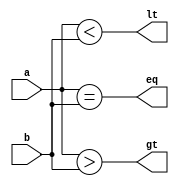
`timescale 1ns/1ps
//////////////////////////////////////////////////////////////////////////////////
// Company: 
// Engineer: 
// 
// Design Name: 
// Module Name: cmp4bit
// Project Name: 
// Target Devices: 
// Tool Versions: 
// Description: 
// 
// Dependencies: 
// 
// Revision:
// Revision 0.01 - File Created
// Additional Comments:
// 
//////////////////////////////////////////////////////////////////////////////////


module cmp4bit(a,b,gt,eq,lt);
input [3:0] a,b;
output gt,eq,lt;
assign gt = (a > b);
assign lt = (a < b);
assign eq = (a == b);

endmodule